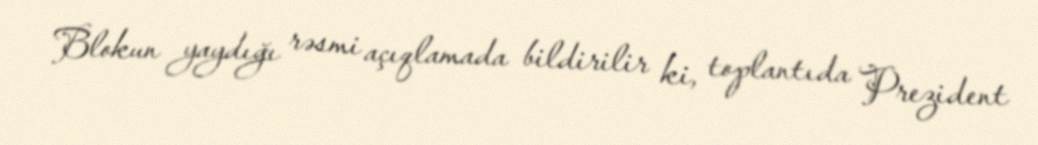
Blokun yaydığı rəsmi açıqlamada bildirilir ki, toplantıda Prezident